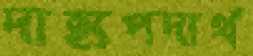
দাহ্যপদার্থ